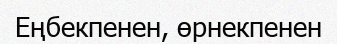
Еңбекпенен, өрнекпенен